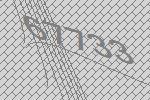
67733